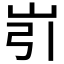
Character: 𱛐